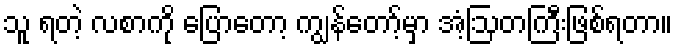
သူ ရတဲ့ လစာကို ပြောတော့ ကျွန်တော့်မှာ အံ့ဩတကြီးဖြစ်ရတာ။